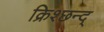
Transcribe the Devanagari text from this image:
क्रिश्छन्द्